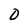
Character: O